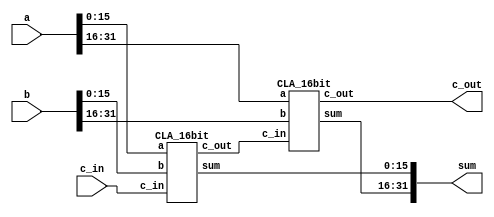

// This file contains all modules required for the RISC processor.
module Add(input[31:0] a, input[31:0] b, input c_in, output[31:0] sum, output c_out);

	wire c_out1;        
	CLA_16bit CLA1 (.a(a[15:0]), .b(b[15:0]), .c_in(c_in), .sum(sum[15:0]), .c_out(c_out1));
	CLA_16bit CLA2 (.a(a[31:16]), .b(b[31:16]), .c_in(c_out1), .sum(sum[31:16]), .c_out(c_out));

endmodule



module CLA_16bit(input [15:0] a, input [15:0] b, input c_in, output [15:0] sum, output c_out);
   
    parameter k = 1'b1;
    wire [3:0] p, g, c;

    CLA_4bit cla1(.a(a[3:0]), .b(b[3:0]), .c_in(c_in), .sum(sum[3:0]), .c_out(), .P(p[0]), .G(g[0]));
    CLA_4bit cla2(.a(a[7:4]), .b(b[7:4]), .c_in(c[1]), .sum(sum[7:4]), .c_out(), .P(p[1]), .G(g[1]));
    CLA_4bit cla3(.a(a[11:8]), .b(b[11:8]), .c_in(c[2]), .sum(sum[11:8]), .c_out(), .P(p[2]), .G(g[2]));
    CLA_4bit cla4(.a(a[15:12]), .b(b[15:12]), .c_in(c[3]), .sum(sum[15:12]), .c_out(), .P(p[3]), .G(g[3]));

    lookahead_carry_unit lcu(.p(p), .g(g), .c_in(c_in), .c(c), .c_out(c_out));
endmodule


module CLA_4bit(input [3:0] a,input [3:0] b, input c_in, output [3:0] sum, output c_out, P, G);

    wire [3:0] p, g;       
    wire [3:0] c;          

    assign p = a ^ b;       // assign values to propagate bits
    assign g = a & b;       // assign values to generate bits

    // compute the carry bits
    assign c[0] = c_in;
    assign c[1] = g[0] | (p[0] & c_in);
    assign c[2] = g[1] | (p[1] & g[0]) | (p[1] & p[0] & c_in);
    assign c[3] = g[2] | (p[2] & g[1]) | (p[2] & p[1] & g[0]) | (p[2] & p[1] & p[0] & c_in);

    // compute the sum
    assign sum = p ^ c;

    // compute block propagate and generate for the next level
    assign P = p[3] & p[2] & p[1] & p[0];
    assign G = g[3] | (p[3] & g[2]) | (p[3] & p[2] & g[1]) | (p[3] & p[2] & p[1] & g[0]);
    
    // assign c_out
    assign c_out = G + (P & c_in);
endmodule





module lookahead_carry_unit(input [3:0] p, input [3:0] g, input c_in, output [3:0] c, output c_out);

    assign c[0] = c_in;
    assign c[1] = g[0] | (p[0] & c[0]);
    assign c[2] = g[1] | (p[1] & g[0]) | (p[1] & p[0] & c[0]);
    assign c[3] = g[2] | (p[2] & g[1]) | (p[2] & p[1] & g[0]) | (p[2] & p[1] & p[0] & c[0]);
    assign c_out = g[3] | (p[3] & g[2]) | (p[3] & p[2] & g[1]) | (p[3] & p[2] & p[1] & g[0]) | (p[3] & p[2] & p[1] & p[0] & c[0]);

endmodule




module Shifter(
	input signed [31:0] a, 
	input  shiftamt,
	input op1, 
	input op2,
	output reg [31:0] res
   );
	 
	// if op1 == 0 && op2 == 0, then it corresponds to shll
	// if op1 == 1 && op2 == 0, then it corresponds to shrl
	// if op1 == 0 && op2 == 1, then it corresponds to shra
  	// if op1 == 1 && op2 == 1, then it corresponds to shla
  	
	
	always @(*)
		begin
			if(!op1 && !op2) 
			begin
				res = a << shiftamt;
			end
			else if(op1 && !op2)
			begin
				res = a >> shiftamt;
			end
			else if(!op1 && op2)
			begin
				res = a >>> shiftamt;
			end
			else
			begin
				res = a<<< shiftamt;
			end
		end
endmodule




module adder(
    input wire [31:0] a,
    input wire [31:0] b,
    output wire [31:0] out
);
    assign out = a + b;
endmodule





module ALU(input signed[31:0] a, input signed[31:0] b, input[3:0] ALUSel,input wire en,output reg[31:0] result);

	wire[31:0] adderRes;
  	wire[31:0] subRes;
	wire[31:0] xorRes;
	wire[31:0] andRes;
	wire[31:0] shiftRes;
  	wire[31:0] orRes;
 	wire [31:0] notRes;
	wire carry_out1;
  	wire carry_out2;
	wire[31:0] onesComp;

	// for addition
  Add add1(.a(a), .b(b), .c_in(1'b0), .sum(adderRes), .c_out(carry_out1));

	// for substraction 
	assign onesComp = ~b;
  Add sub1(.a(a), .b(onesComp), .c_in(1'b1),.sum(subRes), .c_out(carry_out2));

	// for XOR, AND,OR,NOT
	assign xorRes = a^b;
	assign andRes = a&b;
  	assign orRes  = a|b;  
  	assign notRes= ~a;

  // for shifting 'a' by 'b[0]'
  Shifter shift1(.a(a), .shiftamt(b[0]), .op1(ALUSel[0]), .op2(ALUSel[1]), .res(shiftRes));

	


	always @(*) 
		begin
			case (ALUSel)
				4'b0000: begin
					result = adderRes;
					// carry = carry_out1;
				end
				4'b0001:begin
                  result = subRes;
                //   carry = carry_out2;
                end
				4'b0010: result = andRes;
				4'b0011: result = xorRes;
              	4'b0100: result = orRes;
              	4'b0101: result = notRes;
				4'b0110: result = a <<< b[0]; 
				4'b0111: result = a << b[0];
				4'b1000: result = a >>> b[0];
              	4'b1001: result = a >> b[0];
              4'b1010: result = a+{b[29:0],2'b00};
				default: result = a;
			endcase
		end

	

endmodule


 module mux
  
  (
    input wire signed [31:0] a, b,
input wire s,
    output wire signed [31:0] out      
);
   assign out = (s)? b : a;

  endmodule



module signext (
    input wire [15:0] a,
    output wire [31:0] y
);

assign y = {{16{a[15]}},a};
endmodule

module COMPARE(lt,gt,eq,data1,data2);

input signed [31:0] data1,data2;
output lt,gt,eq;

assign lt=data1<data2;
assign gt=data1>data2;
assign eq=data1==data2;

endmodule

module condition (
    output wire y,
    input wire [1:0] opcond,
    input wire [31:0] a
);

wire lt,gt,eq;
  
COMPARE cmp (lt,gt,eq,a,32'h00000000);

assign y =  (~opcond[1] & ~opcond[0] & gt) |
            (~opcond[1] & opcond[0] & lt)  |
            (opcond[1] & ~opcond[0] & eq)  |
            (opcond[1] & opcond[0] & 1'b0) ;

endmodule

module data_mem (
    input wire clk,reset,
    input wire write,read,
    input wire [31:0] addr,
    input wire [31:0] din,
    output wire [31:0] dout
);
   
reg signed [31:0] dmem[0:1023];
 
always @(posedge clk)
begin
     if(write == 1)
        dmem[addr[9:0]] <= din;
end

assign dout = (read)? dmem[addr[9:0]] : 32'bx;
endmodule


module instructionmem (
    input read,
    input wire [5:0] addr,
    output wire [31:0] I
);
   
reg [31:0] imem[0:63];
  
 // checking addi,subi,bz,load,store,move instructions.
 // everything works correctly.
initial
begin
  imem[0]=32'b01000100000001000000000000001000;  // subi r4,r0,8
  

  imem[1]=32'b11001100010000100000000000000001;  // Branch to imem[3] if r2==0
  imem[2]=32'b01000000000001000000000000000000;  //addi r4,r0,0 r4=0 but this instr is skipped to to imem[1] =>r4 retains -8.


  imem[3]=32'b01101000100000100000000000000000;  // Move r4 to r2 r2=-8
  imem[4]=32'b01000000010000010000000000000100;  // addi r1,r2,4  r1=-4


  imem[5]=32'b10001000000000010000000000000001;  // Store the value of r1 in memory[1]. mem[1]=-4

  imem[6]=32'b10000100000000110000000000000001;  // Load the value in memory[1] to r3. r3=-4
  imem[7]=32'b10001000000001000000000000000010;  // Store the value of r4 in memory[2] . mem[2]=-8
 
  imem[8]=32'b11111111111111111111111111111111; //halt

 
end


assign I = (read)? imem[addr] : 32'bx;
endmodule

module register (
input wire clk,reset,ld,
    input wire signed [31:0] din,
output reg signed [31:0] dout
);

    initial begin
            dout<=32'b0;
            end

always @(posedge clk)
    begin
       
         if(ld)
            dout<=din;
    end

endmodule


module reg_bank (
    input wire clk,write,reset,
    input wire  [4:0] sr1,sr2,dr,
    input wire signed [31:0] wrData,
    output wire signed[31:0] rData1,rData2
);
  reg signed[31:0] regfile[0:15];
integer k;

initial begin
regfile[0] <= 32'b0;
    regfile[1] <= 32'b0;
regfile[2] <= 32'b0;
regfile[3] <= 32'b0;
regfile[4] <= 32'b0;
regfile[5] <= 32'b0;
regfile[6] <= 32'b0;
regfile[7] <= 32'b0;
regfile[8] <= 32'b0;
regfile[9] <= 32'b0;
regfile[10] <= 32'b0;
regfile[11] <= 32'b0;
regfile[12] <= 32'b0;
regfile[13] <= 32'b0;
regfile[14] <= 32'b0;
regfile[15] <= 32'b0;


end
assign rData1 = regfile[sr1];
assign rData2 = regfile[sr2];

always @(posedge clk)

begin
if(write)
begin
if(dr == 3'b000)
regfile[dr] <= 32'b0;
else
regfile[dr] <= wrData;


end
end

   
endmodule


module PC (
input wire clk,reset,ld,
    input wire signed [31:0] din,
output reg signed [31:0] dout
);

    initial begin
            dout<=32'b0;
            end

always @(posedge clk)
    begin
       
         if(ld)
            dout<=din;
    end

endmodule

module NPC (
input wire clk,reset,ld,
    input wire signed [31:0] din,
output reg signed [31:0] dout
);

    initial begin
            dout<=32'b0;
            end

always @(posedge clk)
    begin
       
         if(ld)
            dout<=din;
    end

endmodule


module 	LMD (
input wire clk,reset,ld,
    input wire signed [31:0] din,
output reg signed [31:0] dout
);

    initial begin
            dout<=32'b0;
            end

always @(posedge clk)
    begin
       
         if(ld)
            dout<=din;
    end

endmodule






module datapath(
    input wire clk,reset,
    
    input wire readim,ldir,ldnpc,
    input wire ldA,ldB,ldimm,
    input wire [1:0] opcond,
    input wire alusel1,alusel2,aluen,ldaluout,
    input wire [3:0] alufunc,
    input wire seldest,regwrite,writedmem,readdmem,ldlmd,
    input wire selwb,branch,ldpc,

    output wire [31:0] irout,aluout,
    output wire [31:0] writedata
);

// wires 
wire [31:0] pcout,npcout,Aout,Bout,immout,lmdout;
wire [31:0] instr,pcplus4,pcbranch,pcnext;
wire [31:0] Ain,Bin,imm;
wire [31:0] destadd;
wire [31:0] aluin1,aluin2,result;
wire [31:0] dmemout,memmuxout;


condition cond(selmem,opcond,Aout); // Condition for Branching
mux muxalu1(npcout,Aout,alusel1,aluin1); // Mux for ALU Input 1
mux muxalu2(Bout,immout,alusel2,aluin2); // Mux for ALU Input 2
  
  
PC pcreg(clk,reset,ldpc,pcnext,pcout); // Program Counter Register
instructionmem imem(readim,pcout[7:2],instr); // Instruction Memory
register irreg(clk,reset,ldir,instr,irout);
adder addpc(pcout,32'b00000100,pcplus4); // Adder for PC + 4
NPC npcreg(clk,reset,ldnpc,pcplus4,npcout); // Next Program Counter Register
adder bradd(npcout,{{4{irout[25]}}, irout[25:0], 2'b00},pcbranch); // Branch Address Calculation
mux muxbr(memmuxout,pcbranch,branch,pcnext); // Mux for Branching


mux destmux({27'b0,irout[15:11]},{27'b0,irout[20:16]},seldest,destadd); // Mux for Destination Address
reg_bank rbank(clk,regwrite,reset,irout[25:21],irout[20:16],destadd[4:0],writedata,Ain,Bin); // Register Bank
signext ext(instr[15:0],imm); // Sign Extend
register A(clk,reset,ldA,Ain,Aout); // Register A
register B(clk,reset,ldB,Bin,Bout); // Register B
register immreg(clk,reset,ldimm,imm,immout); // Immediate Register
ALU alu(aluin1,aluin2,alufunc,aluen,result); // Arithmetic Logic Unit
register aluoutreg(clk,reset,ldaluout,result,aluout); // ALU Output Register


data_mem dmem(clk,reset,writedmem,readdmem,aluout,Bout,dmemout); // Data Memory
LMD lmdreg(clk,reset,ldlmd,dmemout,lmdout); // Load Memory Data Register
mux memmux(npcout,aluout,selmem,memmuxout); // Mux for Memory Access


mux wbmux(lmdout,aluout,selwb,writedata); // Mux for Writeback

endmodule


module Maincontrol (
    input wire clk,reset,
    input wire [31:0] irout,

    output wire readim,ldir,ldnpc,
    output wire ldA,ldB,ldimm,
    output wire [1:0] opcond,
    output wire alusel1,alusel2,aluen,ldaluout,
    output wire [3:0] alufunc,
    output wire seldest,regwrite,writedmem,readdmem,ldlmd,
    output wire selwb,branch,ldpc
);

parameter IF = 3'b000, ID = 3'b001, EX = 3'b010, MEM = 3'b011, WB = 3'b100, HLT = 3'b101;
reg [2:0] state;
reg [23:0] control_signals;
assign {readim,ldir,ldnpc,ldA,ldB,ldimm,opcond,alusel1,alusel2,aluen,ldaluout,
        alufunc,seldest,regwrite,writedmem,readdmem,ldlmd,selwb,branch,ldpc} = control_signals;

always @(posedge clk, negedge reset) begin
   
    if(reset)
        control_signals <= 24'b0;
    else
        begin
            case (state)
                IF: begin
                    #1
                    if(irout == 32'hffffffff)
                    begin
                        control_signals <= 24'b0;
                        state <= HLT;
                    end
                    else
                        begin
                            control_signals[23:21] <= 3'b111;
                            control_signals[20:0]  <= 21'b0;
                            state <= ID;
                        end
                    end
                ID: begin
                    #1  
                        control_signals[20:18] <= 3'b111;
                        state <= EX;
                    end
                EX: begin
                    #1  
                        case (irout[31:30])
                            2'b00 :
                                begin
                                    control_signals[17:16] <= 2'b11;
                                    control_signals[15:13] <= 3'b101;
                                    case (irout[5:0])
                                        6'b000001 : control_signals[11:8] <= 4'b0000; // ADD
                                        6'b000010 : control_signals[11:8] <= 4'b0001; // SUB
                                        6'b000011 : control_signals[11:8] <= 4'b0010; // AND
                                        6'b000100 : control_signals[11:8] <= 4'b0011; // OR
                                        6'b000101 : control_signals[11:8] <= 4'b0100; // XOR
                                        6'b000110 : control_signals[11:8] <= 4'b0101; // NOT
                                        6'b000111 : control_signals[11:8] <= 4'b0110; // SLA
                                        6'b001000 : control_signals[11:8] <= 4'b0111; // SLL
                                        6'b001001 : control_signals[11:8] <= 4'b1000; // SRA
                                        6'b001010 : control_signals[11:8] <= 4'b1001; // SRL
                                    endcase
                                end
                            2'b01 :
                                begin
                                    control_signals[17:16] <= 2'b11;
                                    control_signals[15:13] <= 3'b111;
                                    case (irout[31:26])
                                        6'b010000 : control_signals[11:8] <= 4'b0000; // ADDI
                                        6'b010001 : control_signals[11:8] <= 4'b0001; // SUBI
                                        6'b010010 : control_signals[11:8] <= 4'b0010; // ANDI
                                        6'b010011 : control_signals[11:8] <= 4'b0011; // ORI
                                        6'b010100 : control_signals[11:8] <= 4'b0100; // XORI
                                        6'b010101 : control_signals[11:8] <= 4'b0101; // NOTI
                                        6'b010110 : control_signals[11:8] <= 4'b0110; // SLAI
                                        6'b010111 : control_signals[11:8] <= 4'b0111; // SLLI
                                        6'b011000 : control_signals[11:8] <= 4'b1000; // SRAI
                                        6'b011001 : control_signals[11:8] <= 4'b1001; // SRLI
                                        6'b011010 : control_signals[11:8] <= 4'b0000; // MOVE
                                    endcase    
                                end
                            2'b10 :
                                begin
                                    control_signals[17:16] <= 2'b11;
                                    control_signals[15:13] <= 3'b111;
                                    case (irout[31:26])
                                        6'b100001 : control_signals[11:8] <= 4'b0000; // LD
                                        6'b100010 : control_signals[11:8] <= 4'b0000; // ST
                                    endcase
                                end
                            2'b11 :
                                begin
                                    control_signals[15:13] <= 3'b011;
                                    case (irout[31:26])
                                        6'b110000 : {control_signals[17:16],control_signals[11:8]} <= {2'b11,4'b1010}; // BR
                                        6'b110001 : {control_signals[17:16],control_signals[11:8]} <= {2'b01,4'b1010}; // BMI
                                        6'b110010 : {control_signals[17:16],control_signals[11:8]} <= {2'b00,4'b1010}; // BPL
                                        6'b110011 : {control_signals[17:16],control_signals[11:8]} <= {2'b10,4'b1010};  // BZ
                                    endcase  
                                end
                        endcase
                        #2 control_signals[12] <= 1'b1;
                        state <= MEM;
                    end
                MEM:begin
                    #1
                        case (irout[31:26])
                            6'b100001 : control_signals[5:3] <= 3'b011; // LD
                            6'b100010 : control_signals[5:3] <= 3'b100; // ST
                        endcase
                        if(irout[31:26] == 6'b110000)
                            control_signals[1:0] <= 2'b11;
                        else
                            control_signals[1:0] <= 2'b01;
                        state <= WB;
                    end
                WB: begin
                    #1
                        case (irout[31:30])
                            2'b00 : {control_signals[7:6],control_signals[2]} <= 3'b011;
                            2'b01 : {control_signals[7:6],control_signals[2]} <= 3'b111;
                            2'b10 :
                                begin
                                    case (irout[31:26])
                                        6'b100001 : {control_signals[7:6],control_signals[2]} <= 3'b110; // LD
                                        6'b100010 : {control_signals[7:6],control_signals[2]} <= 3'b001; // ST
                                    endcase
                                end
                            2'b11 : {control_signals[7:6],control_signals[2]} <= 3'b000;
                            default: {control_signals[7:6],control_signals[2]} <= 3'b000;
                        endcase
                        state <= IF;
                    end
                HLT:begin
                        #1  control_signals <= 24'b0;
                            state <= HLT;
                    end
                default: state <= IF;
            endcase
        end
end
endmodule


module risc_processor (
    input wire clk,reset,
    output wire [31:0] writedata
);
wire readim,ldir,ldnpc;
wire ldA,ldB,ldimm;
wire [1:0] opcond;
wire alusel1,alusel2,aluen,ldaluout;
wire [3:0] alufunc;
wire seldest,regwrite,writedmem,readdmem,ldlmd;
wire selwb,branch,ldpc;
wire [31:0] irout,aluout;

datapath dpath(clk,reset,readim,ldir,ldnpc,ldA,ldB,ldimm,opcond,alusel1,alusel2,aluen,ldaluout,alufunc,seldest,regwrite,writedmem,readdmem,ldlmd,selwb,branch,ldpc,irout,aluout,writedata);
  
  
Maincontrol ctrl(clk,reset,irout,readim,ldir,ldnpc,ldA,ldB,ldimm,opcond,alusel1,alusel2,aluen,ldaluout,alufunc,seldest,regwrite,writedmem,readdmem,ldlmd,selwb,branch,ldpc);

endmodule